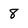
Character: 8